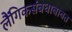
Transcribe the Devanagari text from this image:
लैंगिकसंबधाबाबत